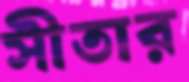
সীতার